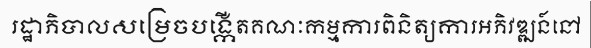
រដ្ឋាភិបាលសម្រេចបង្កើតគណៈកម្មការពិនិត្យការអភិវឌ្ឍន៍នៅ